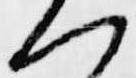
ヘ